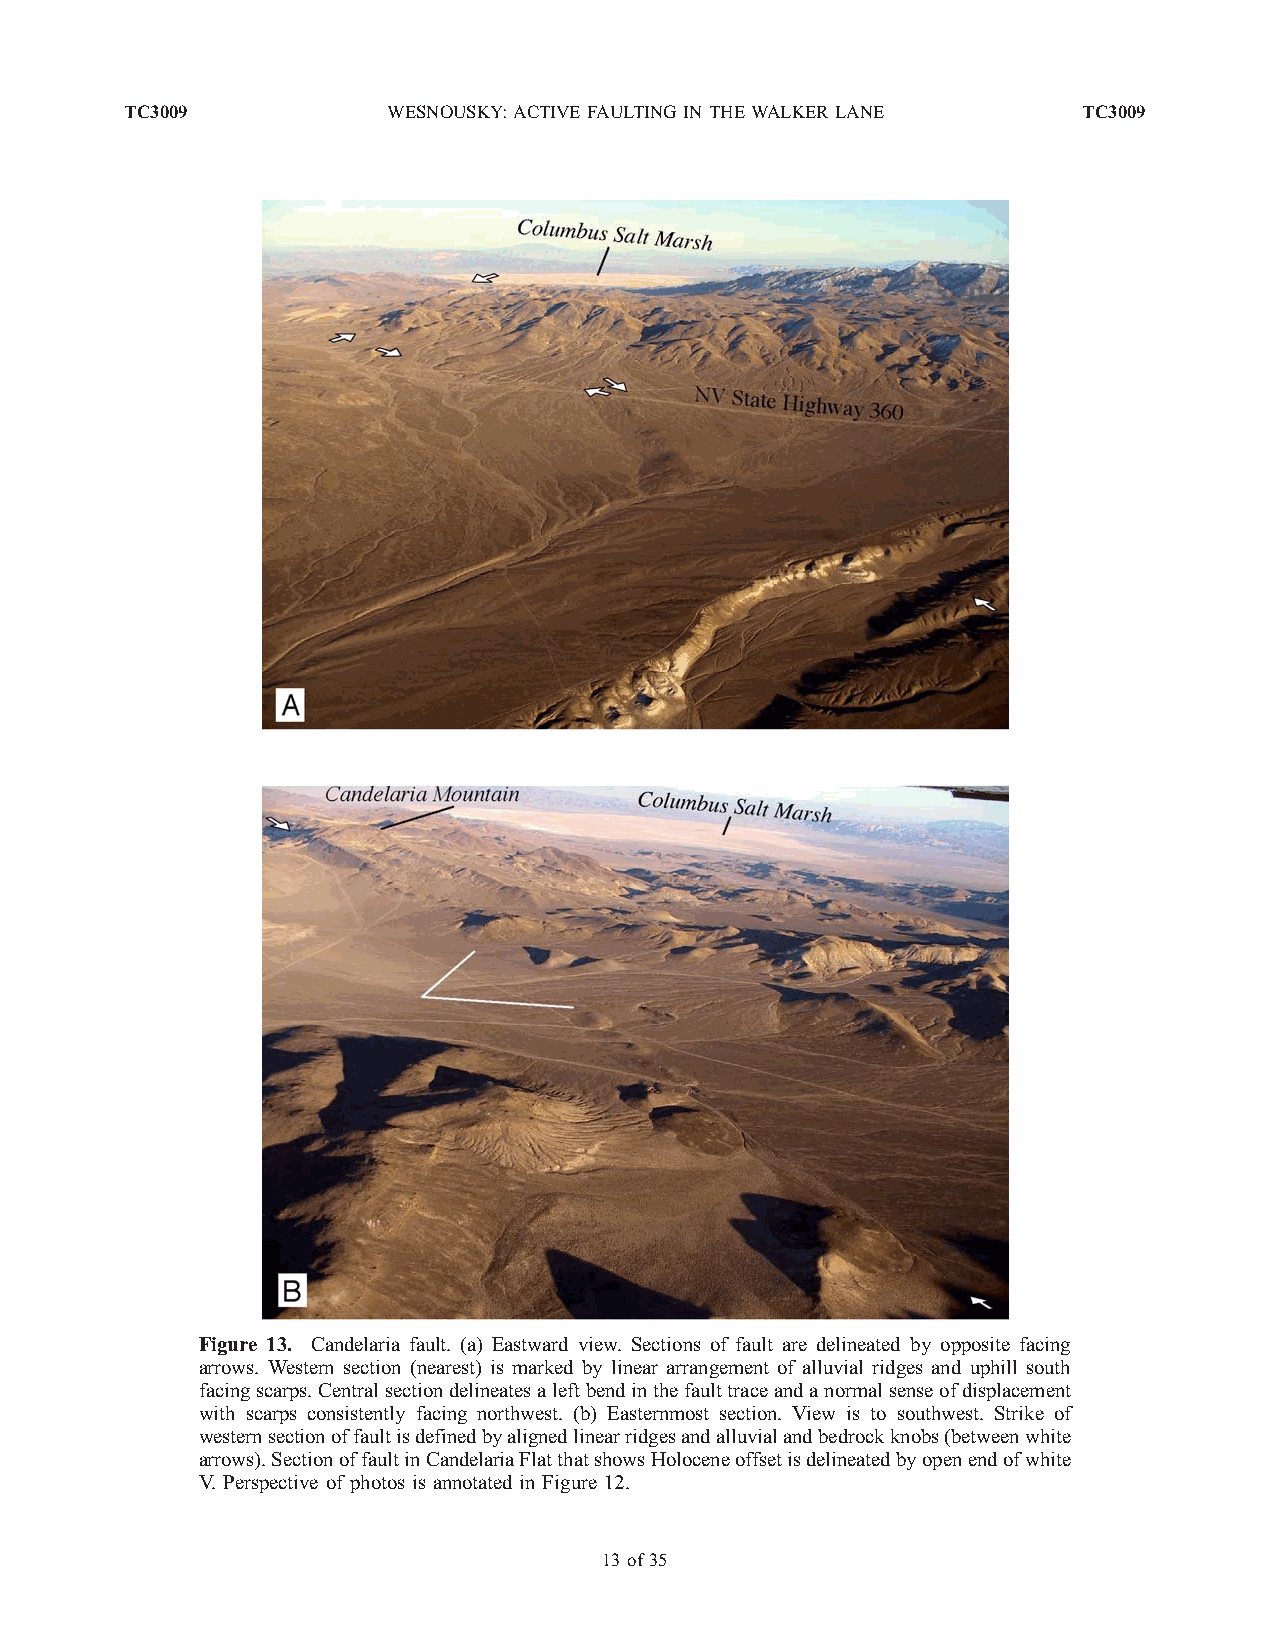
TC3009            WESNOUSKY: ACTIVEFAULTINGIN THEWALKERLANE     TC3009
 Figure 13. Candelaria fault. (a) Eastward view. Sections of fault are delineated by opposite facing
 arrows. Western section (nearest) is marked by linear arrangement of alluvial ridges and uphill south
 facingscarps.Centralsectiondelineatesaleftbendinthefaulttraceandanormalsenseofdisplacement
 with scarps consistently facing northwest. (b) Easternmost section. View is to southwest. Strike of
 westernsectionoffaultisdefinedbyalignedlinearridgesandalluvialandbedrockknobs(betweenwhite
 arrows).SectionoffaultinCandelariaFlatthatshowsHoloceneoffsetisdelineatedbyopenendofwhite
 V. Perspective of photos is annotated in Figure 12.
 13of 35